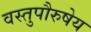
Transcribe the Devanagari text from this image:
वस्तुपौरुषेय